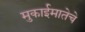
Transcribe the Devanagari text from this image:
मुकाईमातेचे